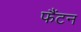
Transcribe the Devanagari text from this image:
फैंटन